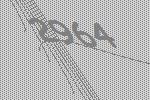
2964